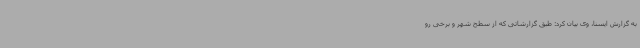
به گزارش ایسنا، وی بیان کرد: طبق گزارشاتی که از سطح شهر و برخی رو